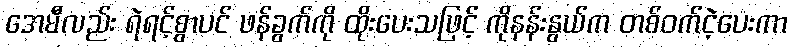
အေမီလည်း ရဲရင့်စွာပင် ဖန်ခွက်ကို ထိုးပေးသဖြင့် ကိုနန်းနွယ်က တစ်ဝက်ငဲ့ပေးကာ